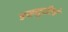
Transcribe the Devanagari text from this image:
डब्ल्यूटीएचे